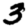
Digit: 3